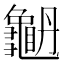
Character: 𪚫